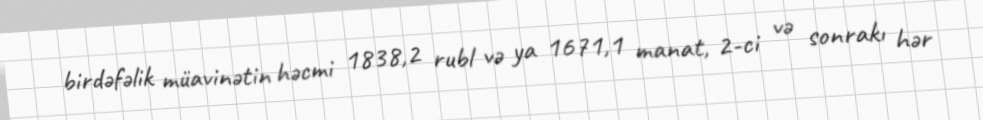
birdəfəlik müavinətin həcmi 1838,2 rubl və ya 1671,1 manat, 2-ci və sonrakı hər